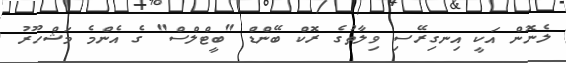
ލެނޮން އަކީ އިނގިރޭސި ވިލާތުގެ ރޮކް ބޭންޑް "ބީޓްލްސް" ގެ އެންމެ މަޝްހޫރު